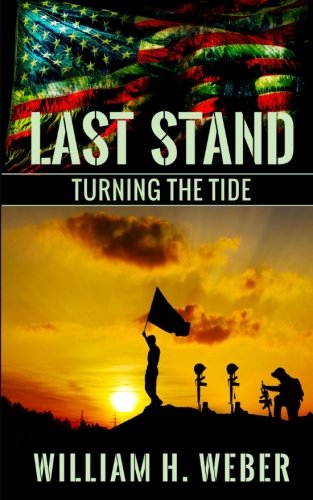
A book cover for Last Stand: Turning the Tide; William H. Weber; Science Fiction & Fantasy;